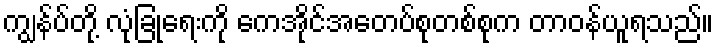
ကျွန်ပ်တို့ လုံခြုံရေးကို ကေအိုင်အေတပ်စုတစ်စုက တာဝန်ယူရသည်။